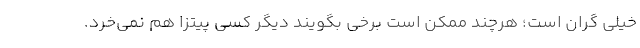
خیلی گران است؛ هرچند ممکن است برخی بگویند دیگر کسی پیتزا هم نمی‌خرد.